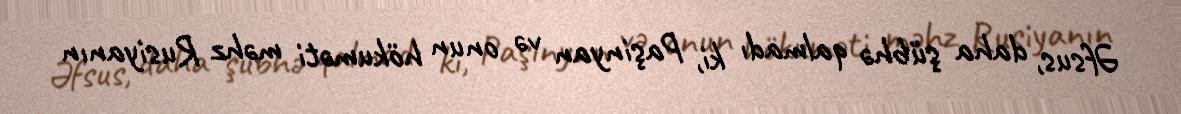
Əfsus, daha şübhə qalmadı ki, Paşinyan və onun hökuməti məhz Rusiyanın